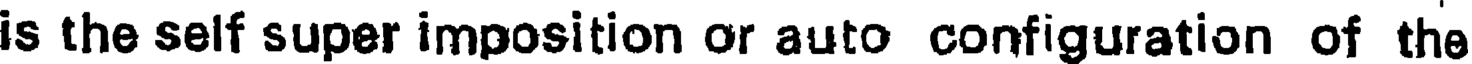
is the self super imposition or auto configuration of the